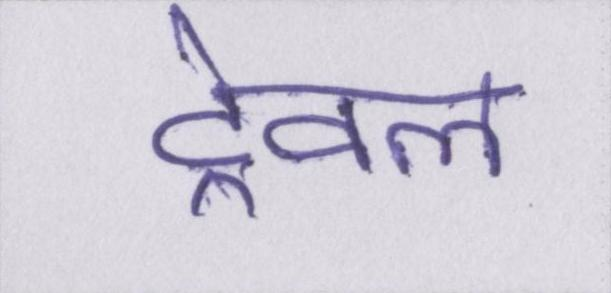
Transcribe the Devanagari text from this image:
ट्रेवल